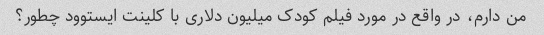
من دارم، در واقع در مورد فیلم کودک میلیون دلاری با کلینت ایستوود چطور؟